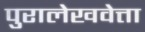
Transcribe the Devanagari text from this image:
पुरालेखवेत्ता